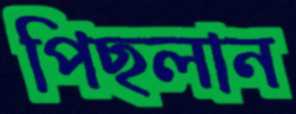
পিছলান